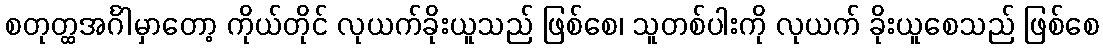
စတုတ္ထအင်္ဂါမှာတော့ ကိုယ်တိုင် လုယက်ခိုးယူသည် ဖြစ်စေ၊ သူတစ်ပါးကို လုယက် ခိုးယူစေသည် ဖြစ်စေ